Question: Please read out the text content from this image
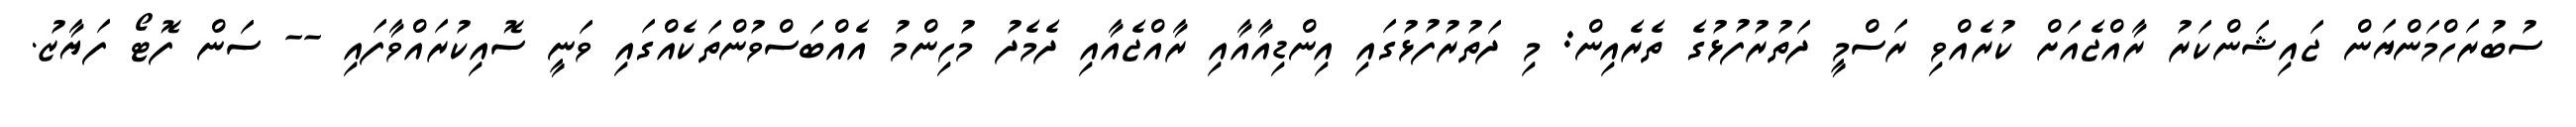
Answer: ސުބުރަހްމަންޔަން ޖައިޝަންކަރު ރާއްޖެއަށް ކުރެއްވި ރަސްމީ ދަތުރުފުޅުގެ ތެރެއިން: މި ދަތުރުފުޅުގައި އިންޑިއާއާއި ރާއްޖެއާއި ދެމެދު މުހިންމު އެއްބަސްވުންތަކެއްގައި ވަނީ ސޮއިކުރައްވާފައި -- ސަން ފޮޓޯ ފަޔާޒު.